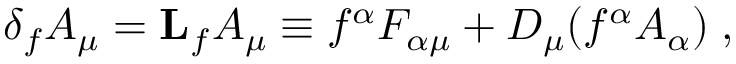
\delta _ { f } A _ { \mu } = { \bf L } _ { f } A _ { \mu } \equiv f ^ { \alpha } F _ { \alpha \mu } + D _ { \mu } ( f ^ { \alpha } A _ { \alpha } ) \; ,